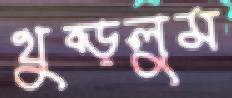
থুব্‌ড়লুম